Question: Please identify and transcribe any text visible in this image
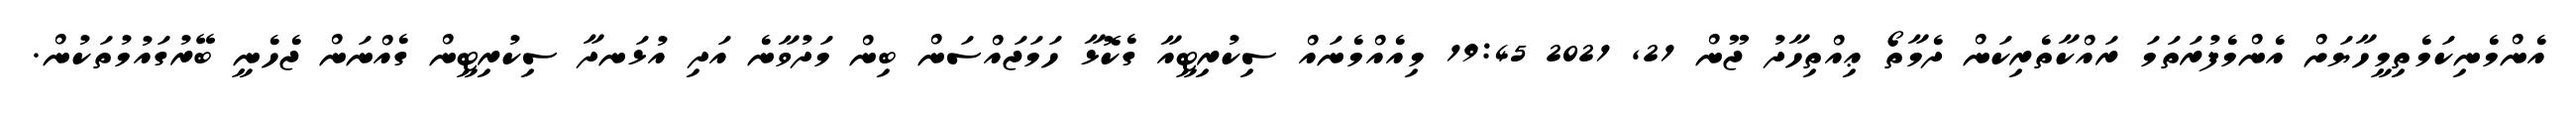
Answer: އެންމެނިކަމެތިމީހާޔަށް އެންމެފުރަތަމަ ރައްކާތެރިކަން ދެމާތޯ ޢިއްތިހާދު ޖޫން 21, 2021 19:45 މިއެއްމެނައް ސިކުރިޓީއާ ގެކޮޅާ ހަމަޖައްސަން ބިން މަދުވާނެ އަދި އުޅަނދާ ސިކުރިޓީން ގެއްނަން ޖެހެނީ ބޭރުގައުމުތަކުން.